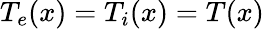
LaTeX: T_{e}(x)=T_{i}(x)=T(x)